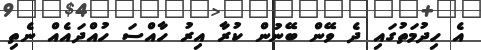
އެ ހިދުމަތުގައި ދެ ވޭން ބޭނުން ކުރާ އިރު ހާއްސަ ހުއްދައެއް ނެތި